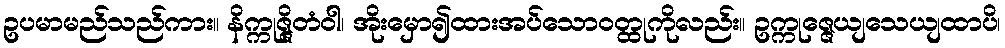
ဥပမာမည်သည်ကား။ နိက္ကုဇ္ဇိတံဝါ၊ အိုးမှော၍ထားအပ်သောဝတ္ထုကိုလည်း။ ဥက္ကုဇ္ဇေယျသေယျထာပိ၊